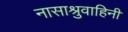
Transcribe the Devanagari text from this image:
नासाश्रुवाहिनी